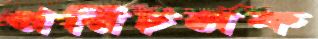
পরিচলক